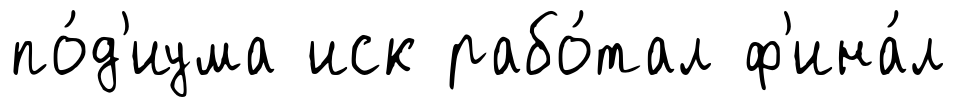
по́д'иума иск рабо́тал ф'ина́л